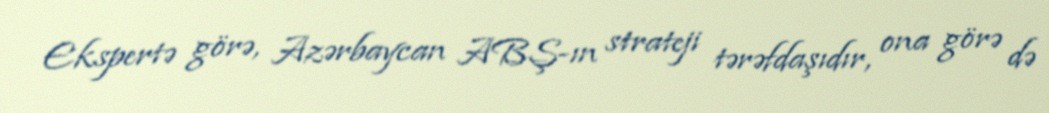
Ekspertə görə, Azərbaycan ABŞ-ın strateji tərəfdaşıdır, ona görə də